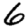
Digit: 6